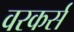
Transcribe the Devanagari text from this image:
वरकर्स